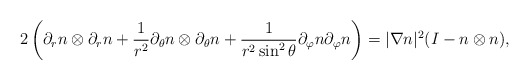
\begin{align*}2\left( \partial_r n\otimes \partial_r n + \frac{1}{r^2}\partial_\theta n\otimes\partial_\theta n + \frac{1}{r^2\sin^2\theta}\partial_\varphi n \partial_\varphi n \right) = |\nabla n|^2 (I-n\otimes n),\end{align*}